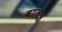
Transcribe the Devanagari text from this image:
वालप्र